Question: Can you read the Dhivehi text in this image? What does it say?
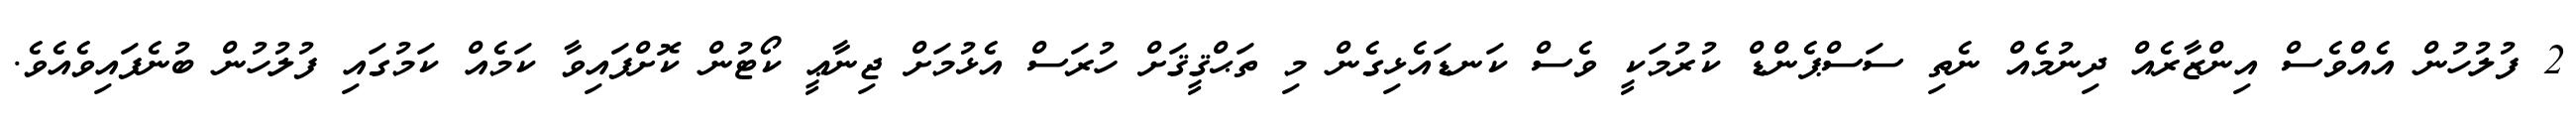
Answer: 2 ފުލުހުން އެއްވެސް އިންޒާރެއް ދިނުމެއް ނެތި ސަސްޕެންޑް ކުރުމަކީ ވެސް ކަނޑައެޅިގެން މި ތަޙްޤީޤަށް ހުރަސް އެޅުމަށް ޖިނާޢީ ކޯޓުން ކޮށްފައިވާ ކަމެއް ކަމުގައި ފުލުހުން ބުނެފައިވެއެވެ.